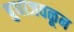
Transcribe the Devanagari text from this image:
बुधाजवळून